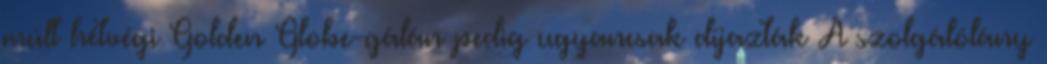
múlt hétvégi Golden Globe-gálán pedig ugyancsak díjazták A szolgálólány